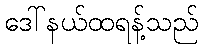
ဒေါ်နယ်ထရန့်သည်